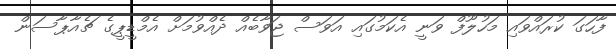
ފާހަގަ ކުރައްވައި މަހުލޫފް ވަނީ އެކަމުގައި އަވަސް ޖަވާބެއް ދެއްވުމަށް އެމްޑީޕީގެ ޗެއާޕާސަން